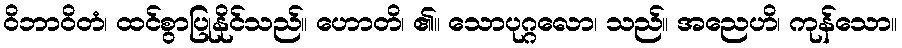
ဝိဘာဝိတံ၊ ထင်စွာပြုနိုင်သည်။ ဟောတိ၊ ၏။ သောပုဂ္ဂလော၊ သည်။ အညေဟိ၊ ကုန်သော။